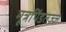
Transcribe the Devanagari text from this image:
मूत्रपिंडतज्‍ज्ञ